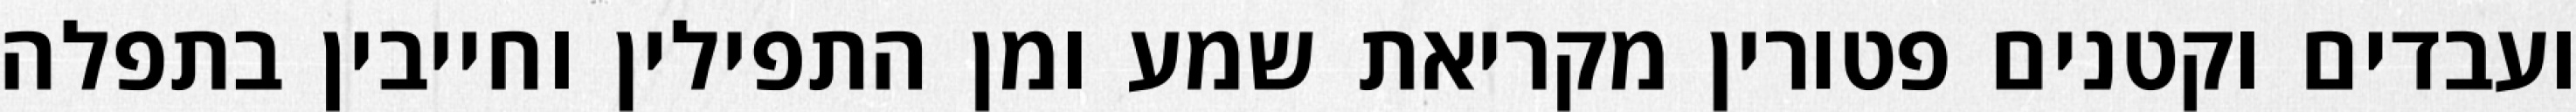
ועבדים וקטנים פטורין מקריאת שמע ומן התפילין וחייבין בתפלה